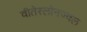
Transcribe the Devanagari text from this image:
वीतेस्लोनज्वल